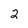
Character: 2